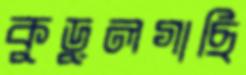
কুড়ুলগাছি